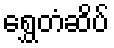
ရွှေတံဆိပ်